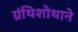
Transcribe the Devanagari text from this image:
ग्रंथिशोथाने